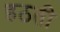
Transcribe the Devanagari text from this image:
हठती